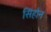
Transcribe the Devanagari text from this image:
सिंहोन